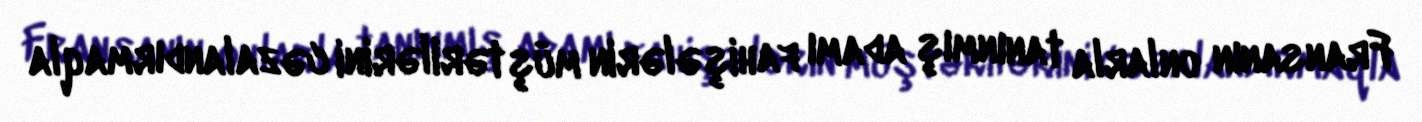
Fransanın onlarla tanınmış adamı fahişələrin müştərilərini cəzalandırmaqla